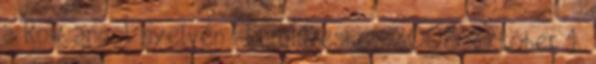
a Row angol nyelven . EuroInvester, 2008. október 1.